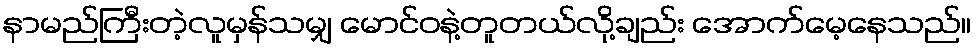
နာမည်ကြီးတဲ့လူမှန်သမျှ မောင်ဝနဲ့တူတယ်လို့ချည်း အောက်မေ့နေသည်။